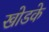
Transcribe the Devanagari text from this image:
खोडके